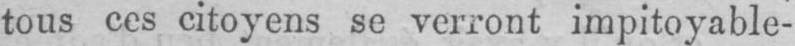
tous ces citoyens se verront impitoyable-